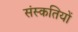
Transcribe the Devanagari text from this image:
संस्कतियों